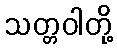
သတ္တဝါတို့